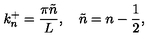
k _ { n } ^ { + } = \frac { \pi \tilde { n } } { L } , \quad \tilde { n } = n - \frac { 1 } { 2 } ,